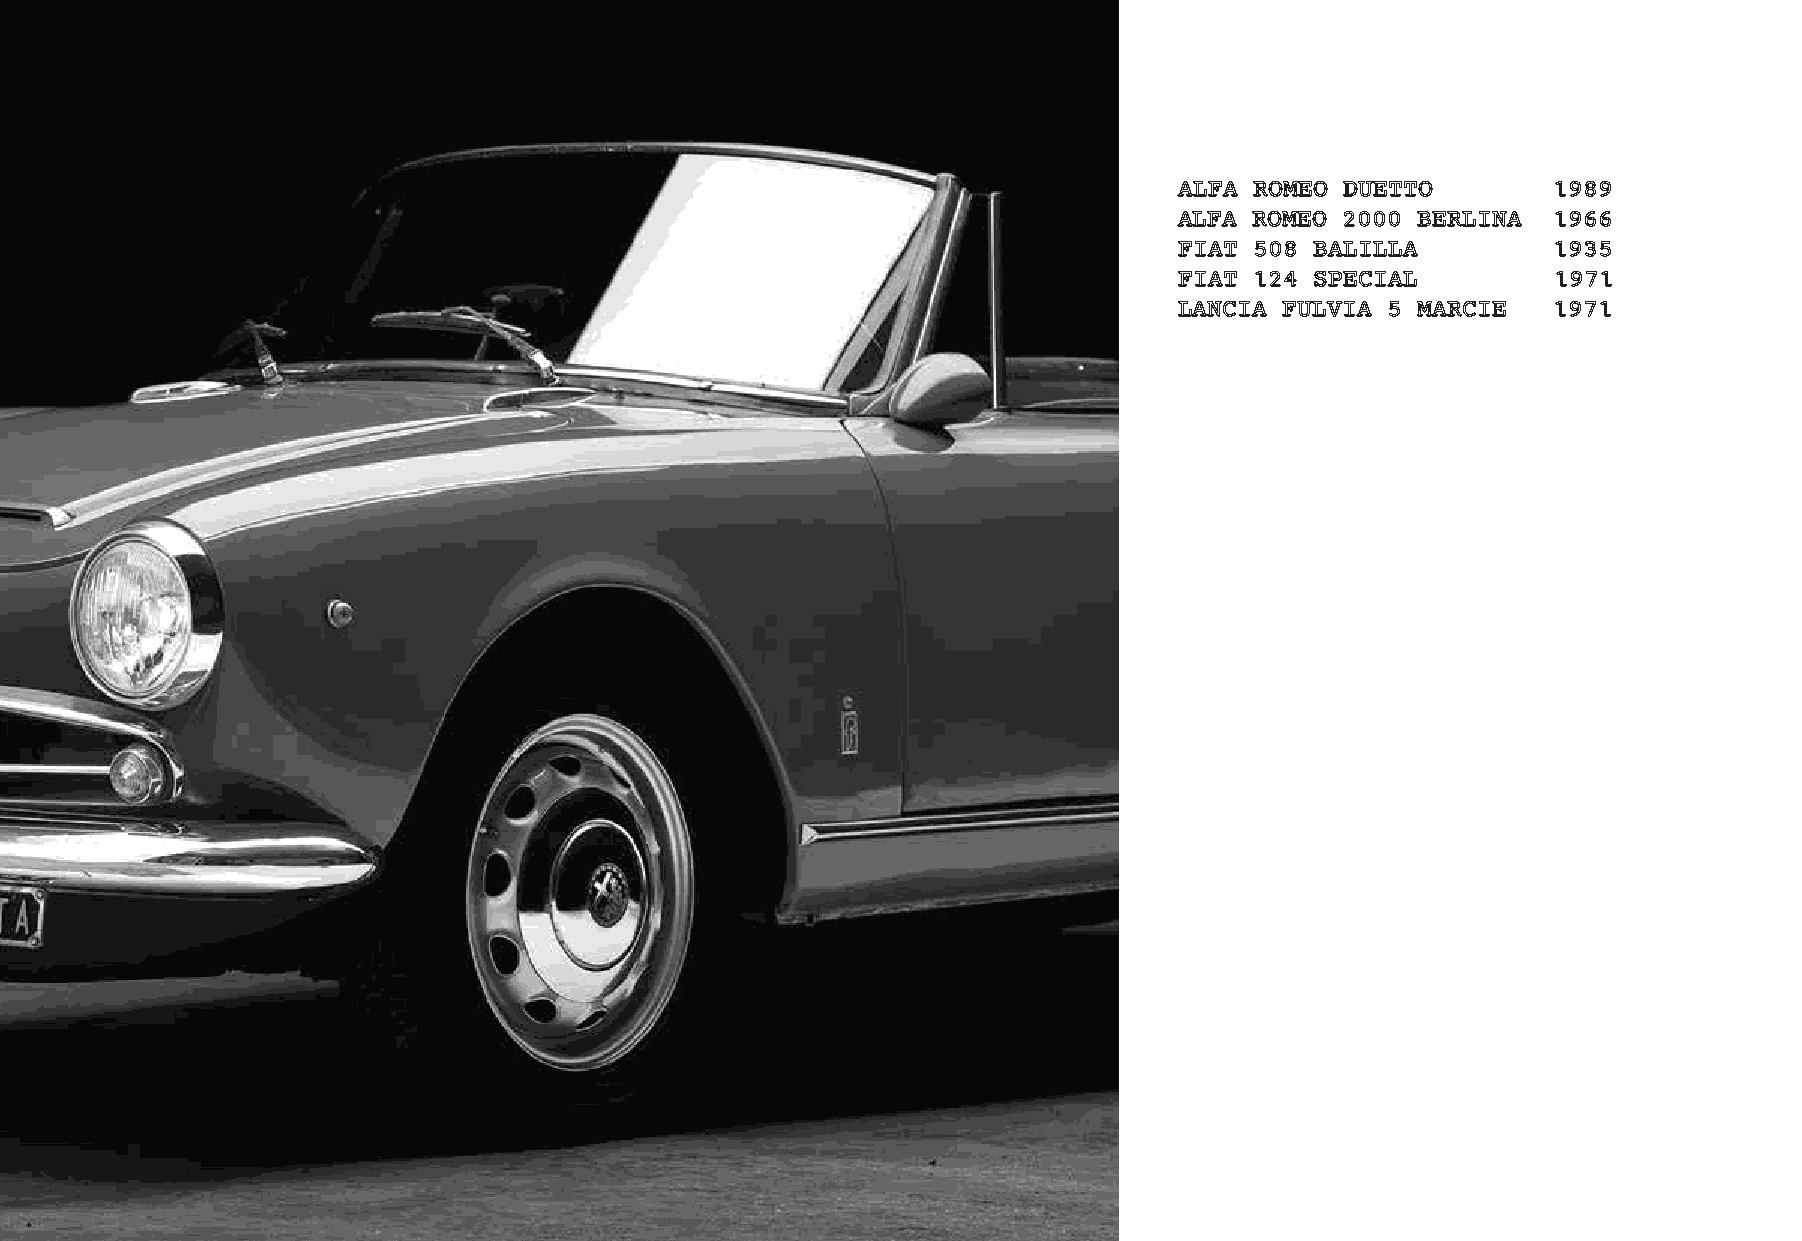
ALFA ROMEO DUETTO        1989
 ALFA ROMEO 2000 BERLINA  1966
 FIAT 508 BALILLA         1935
 FIAT 124 SPECIAL         1971
 LANCIA FULVIA 5 MARCIE   1971